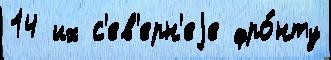
14 их с'ев'ерн'еjе фро́нту